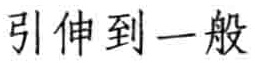
引伸到一般